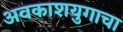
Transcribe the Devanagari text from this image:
अवकाशयुगाचा